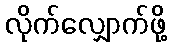
လိုက်လျှောက်ဖို့